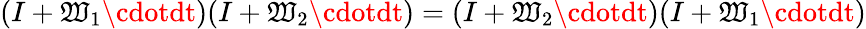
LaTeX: (I+\mathfrak{W}_{1}\cdotdt)(I+\mathfrak{W}_{2}\cdotdt)=(I+\mathfrak{W}_{2}\cdotdt)(I+\mathfrak{W}_{1}\cdotdt)